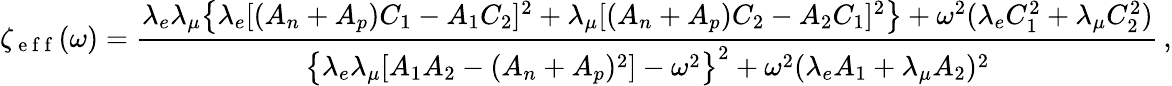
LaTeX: \zeta_{\mathrm{~e~f~f~}}(\omega)=\frac{\lambda_{e}\lambda_{\mu}\big\{ \lambda_{e}[(A_{n}+A_{p})C_{1}-A_{1}C_{2}]^{2}+\lambda_{\mu}[(A_{n}+A_{p})C_{2}-A_{2}C_{1}]^{2}\big\} +\omega^{2}(\lambda_{e}C_{1}^{2}+\lambda_{\mu}C_{2}^{2})}{\big\{ \lambda_{e}\lambda_{\mu}[A_{1}A_{2}-(A_{n}+A_{p})^{2}]-\omega^{2}\big\} ^{2}+\omega^{2}(\lambda_{e}A_{1}+\lambda_{\mu}A_{2})^{2}}\, ,